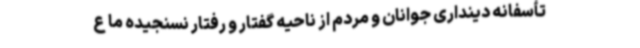
تأسفانه دینداری جوانان و مردم از ناحیه گفتار و رفتار نسنجیده ما ع